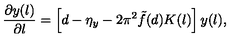
\frac { \partial y ( l ) } { \partial l } = \left[ d - \eta _ { y } - 2 \pi ^ { 2 } \tilde { f } ( d ) K ( l ) \right] y ( l ) ,